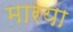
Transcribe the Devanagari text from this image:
मारया